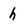
Character: h